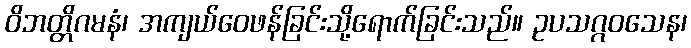
ဝိဘတ္တိဂမနံ၊ အကျယ်ဝေဖန်ခြင်းသို့ရောက်ခြင်းသည်။ ဥပသဂ္ဂဝသေန၊